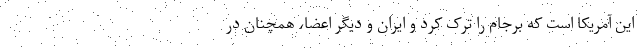
این آمریکا است که برجام را ترک کرد و ایران و دیگر اعضا، همچنان در